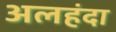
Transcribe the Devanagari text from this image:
अलहंदा